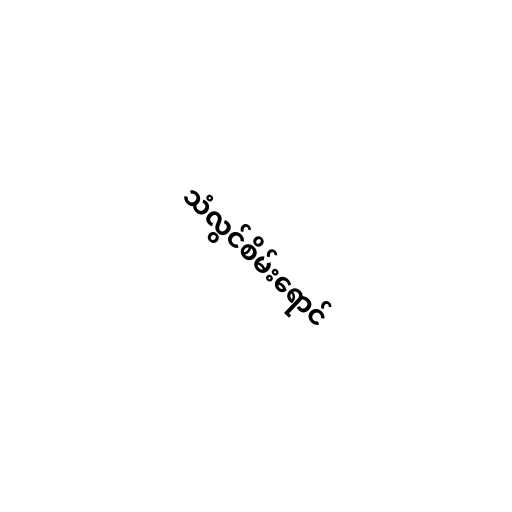
သံလွင်စိမ်းရောင်